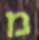
מ